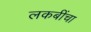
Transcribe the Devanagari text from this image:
लकबींचा